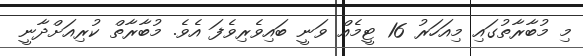
މި މުބާރާތުގައި މިއަހަރު 16 ޓީމެއް ވަނީ ބައިވެރިވެފަ އެވެ. މުބާރާތް ކުރިއަށްދާނީ